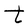
Character: t